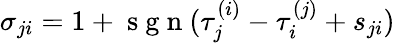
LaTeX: \begin{array}{r}{\sigma_{ji}=1+\mathrm{~s~g~n~}(\tau_{j}^{(i)}-\tau_{i}^{(j)}+s_{ji})\, }\end{array}